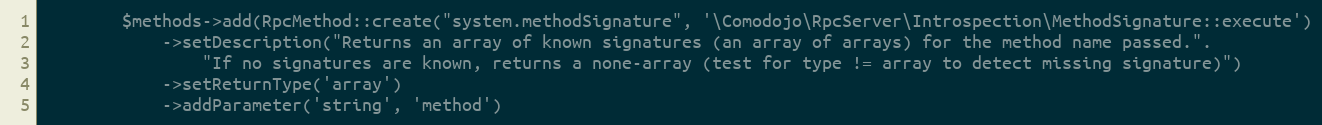
Language: PHP
        $methods->add(RpcMethod::create("system.methodSignature", '\Comodojo\RpcServer\Introspection\MethodSignature::execute')
            ->setDescription("Returns an array of known signatures (an array of arrays) for the method name passed.".
                "If no signatures are known, returns a none-array (test for type != array to detect missing signature)")
            ->setReturnType('array')
            ->addParameter('string', 'method')